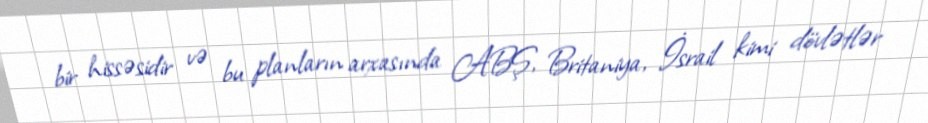
bir hissəsidir və bu planların arxasında ABŞ, Britaniya, İsrail kimi dövlətlər